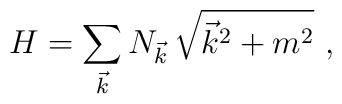
H = \sum_{\vec{k}}  N_{\vec{k}} \, \sqrt{\vec{k}^2+m^2} \,\, ,